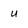
Character: U